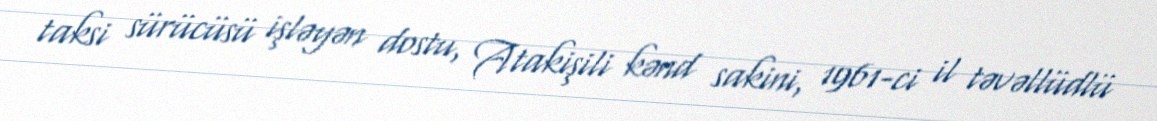
taksi sürücüsü işləyən dostu, Atakişili kənd sakini, 1961-ci il təvəllüdlü